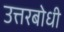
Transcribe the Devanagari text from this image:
उत्तरबोधी